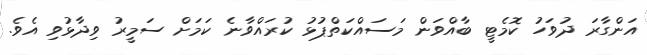
އަންގާރަ ދުވަހު ކޮމެޓީ ބާއްވަން މަސައްކަތްޕުޅު ކުރައްވާނެ ކަމަށް ސަމީރު ވިދާޅުވި އެވެ.